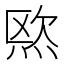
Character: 𱫓